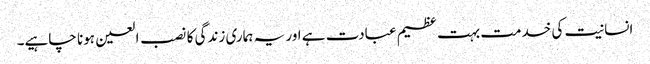
انسانیت کی خدمت بہت عظیم عبادت ہے اور یہ ہماری زندگی کا نصب العین ہونا چاہیے۔